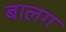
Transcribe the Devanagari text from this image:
बालग